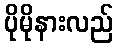
ပိုမိုနားလည်